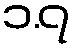
၁.၇